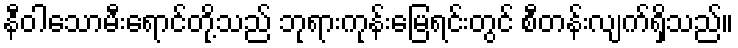
နီဝါသောမီးရောင်တို့သည် ဘုရားကုန်းမြေရင်းတွင် စီတန်းလျက်ရှိသည်။